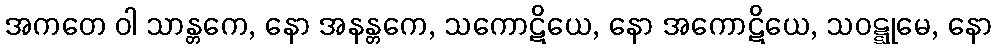
အကတေ ဝါ သာန္တကေ, နော အနန္တကေ, သကောဋိယေ, နော အကောဋိယေ, သဝဋ္ဋုမေ, နော